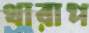
থারাপ